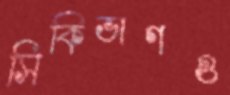
সিকিভাগও